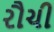
રૌચી